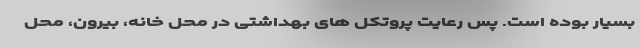
بسیار بوده است. پس رعایت پروتکل های بهداشتی در محل خانه، بیرون، محل